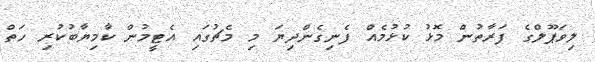
ލިވަޕޫލްގެ ފަރާތުން މޮޅު ކުޅުމެއް ފެނިގެންދިޔަ މި މެޗުގައި އެޓީމުން ކާމިޔާބުކުރި ހަތް